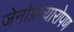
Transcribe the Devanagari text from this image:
जेनोप्रत्यारोपण